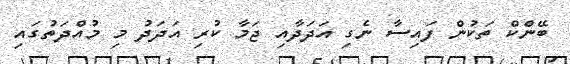
ބޭންކް ތަކުން ފައިސާ ނެގި އަދަދާއި ޖަމާ ކުރި އަދަދު މި މުއްދަތުގައި